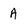
Character: A